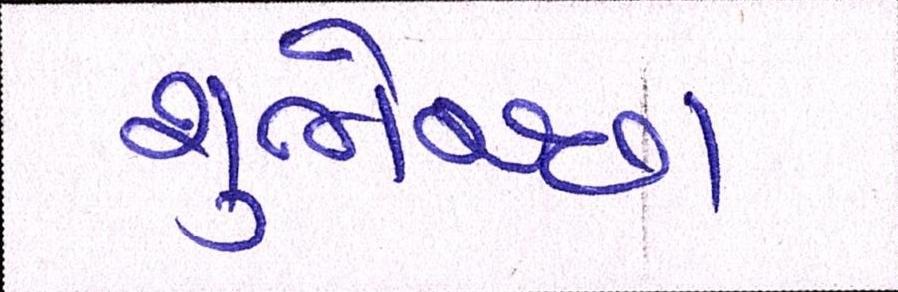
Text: શુભેચ્છા